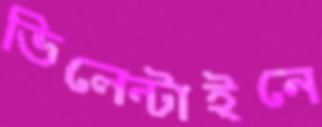
ভিলেন্টাইনে